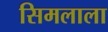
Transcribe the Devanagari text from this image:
सिमलाला